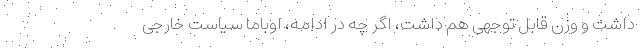
داشت و وزن قابل توجهی هم داشت، اگر چه در ادامه، اوباما سیاست خارجی